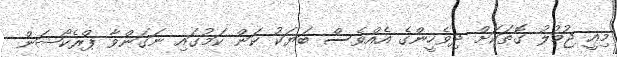
މިއީ ޖުމުލު ގޮތަކަށް ދިވެހީންގެ އެއްވެސް ބަޔަކު ކަން ކަމުގައި ނަގަންވާ ޕްރެކޯޝަން